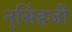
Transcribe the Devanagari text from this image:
नृसिंहजी